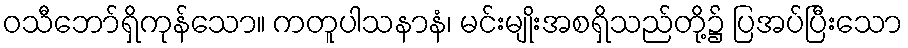
ဝသီဘော်ရှိကုန်သော။ ကတူပါသနာနံ၊ မင်းမျိုးအစရှိသည်တို့၌ ပြအပ်ပြီးသော